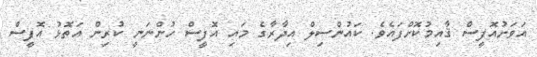
އަވަށުއޮފީސް ޤާއިމުކޮށްފައެވެ. ކައުންސިލް އިދާރާގެ މައި އޮފީސް ހުންނަނީ ކުރިން އަތޮޅު އޮފީސް